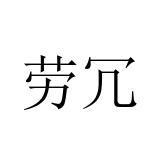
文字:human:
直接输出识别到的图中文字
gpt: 劳冗